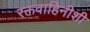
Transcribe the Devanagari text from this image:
रक्तवाहिनीशी